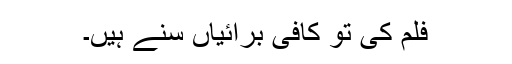
فلم کی تو کافی برائیاں سنے ہیں۔